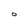
Character: O